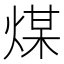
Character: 煤